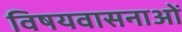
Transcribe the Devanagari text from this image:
विषयवासनाओं